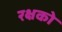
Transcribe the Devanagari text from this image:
रक्षको